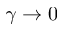
\gamma \rightarrow 0